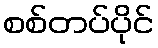
စစ်တပ်ပိုင်